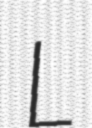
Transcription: L